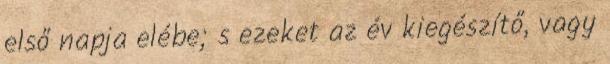
első napja elébe; s ezeket az év kiegészítő, vagy